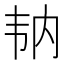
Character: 𩏼